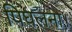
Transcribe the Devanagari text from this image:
पिघलना।